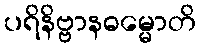
ပရိနိဗ္ဗာနဓမ္မောတိ